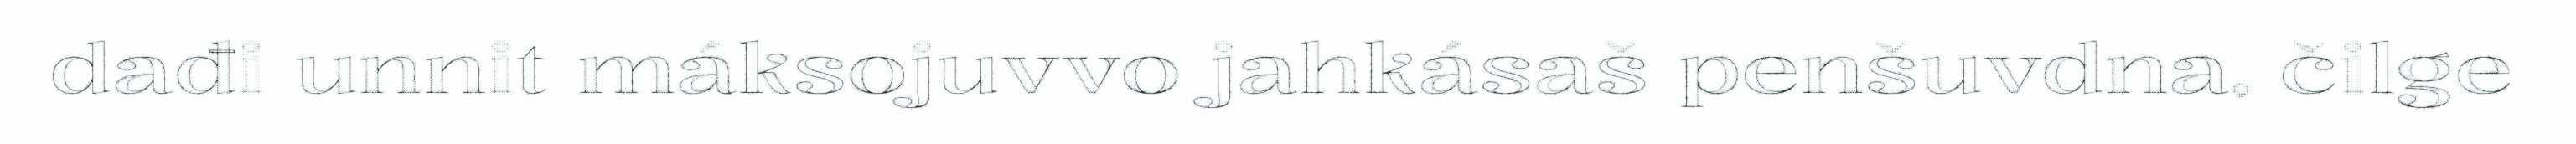
dađi unnit máksojuvvo jahkásaš penšuvdna, čilge